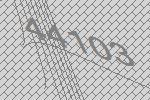
44103